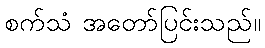
စက်သံ အတော်ပြင်းသည်။